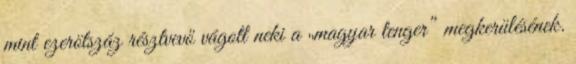
mint ezerötszáz résztvevő vágott neki a „magyar tenger” megkerülésének.